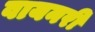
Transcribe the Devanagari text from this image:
वायनरी